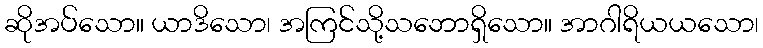
ဆိုအပ်သော။ ယာဒိသော၊ အကြင်သို့သဘောရှိသော။ အာဂါရိယယသော၊